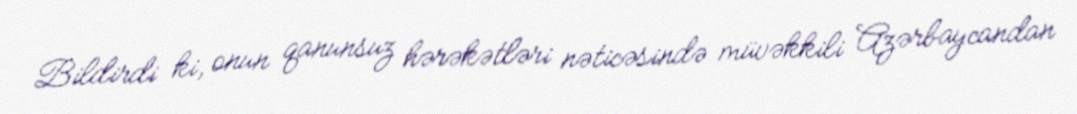
Bildirdi ki, onun qanunsuz hərəkətləri nəticəsində müvəkkili Azərbaycandan